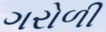
ગરોળી